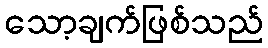
သော့ချက်ဖြစ်သည်